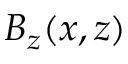
B _ { z } ( x , z )